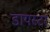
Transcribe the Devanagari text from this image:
डायस्टर